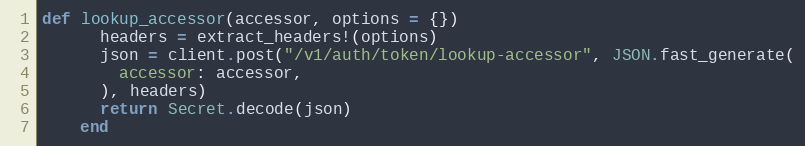
Language: Ruby
def lookup_accessor(accessor, options = {})
      headers = extract_headers!(options)
      json = client.post("/v1/auth/token/lookup-accessor", JSON.fast_generate(
        accessor: accessor,
      ), headers)
      return Secret.decode(json)
    end